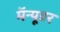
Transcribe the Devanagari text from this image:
मॅन्यूवर